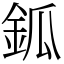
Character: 鈲